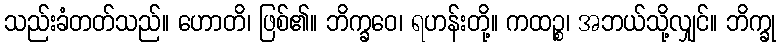
သည်းခံတတ်သည်။ ဟောတိ၊ ဖြစ်၏။ ဘိက္ခဝေ၊ ရဟန်းတို့။ ကထဉ္စ၊ အဘယ်သို့လျှင်။ ဘိက္ခု